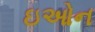
ઇઓન